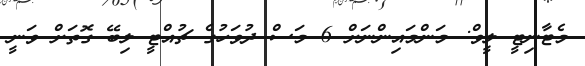
މެޓާނިޓީ ލީވް: މަންމައިންނަށް 6 މަސް ދުވަހުގެ ޗުއްޓީ ލިބޭ ގޮތަށް ވަނީ